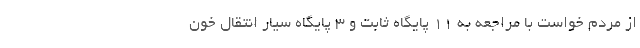
از مردم خواست با مراجعه به ۱۱ پایگاه ثابت و ۳ پایگاه سیار انتقال خون